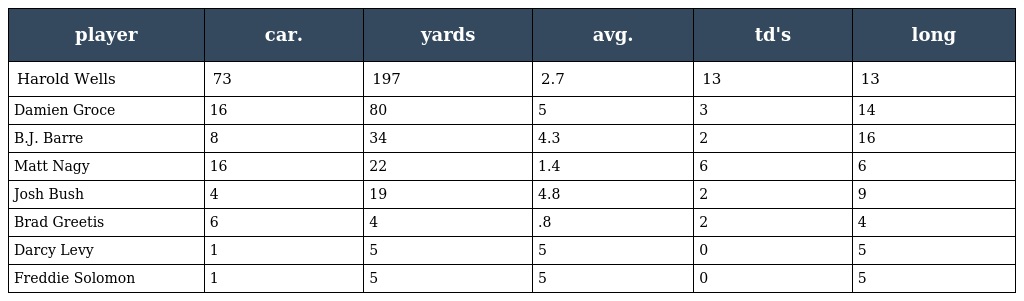
| player | car. | yards | avg. | td's | long |
 | --- | --- | --- | --- | --- | --- |
 | Harold Wells | 73 | 197 | 2.7 | 13 | 13 |
 | Damien Groce | 16 | 80 | 5 | 3 | 14 |
 | B.J. Barre | 8 | 34 | 4.3 | 2 | 16 |
 | Matt Nagy | 16 | 22 | 1.4 | 6 | 6 |
 | Josh Bush | 4 | 19 | 4.8 | 2 | 9 |
 | Brad Greetis | 6 | 4 | .8 | 2 | 4 |
 | Darcy Levy | 1 | 5 | 5 | 0 | 5 |
 | Freddie Solomon | 1 | 5 | 5 | 0 | 5 |